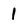
Character: 1